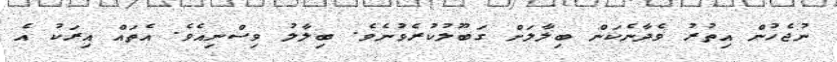
ނުޖެހުން އިތުރު ވެދާނެކަން ބިލާލަށް ގަބޫލުކުރެވުނެވެ. ބިލާލު ވިސްނިއެވެ. އެތައް އިރަކު އެ